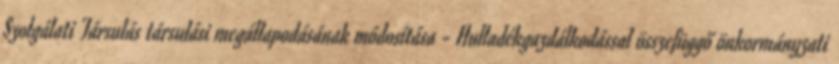
Szolgálati Társulás társulási megállapodásának módosítása - Hulladékgazdálkodással összefüggő önkormányzati